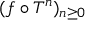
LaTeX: ( f \circ T ^ { n } ) _ { n \geq 0 }